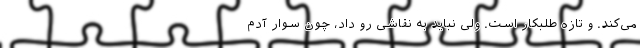
می‌کند. و تازه طلبکار است. ولی نباید به نقاشی رو داد، چون سوار آدم